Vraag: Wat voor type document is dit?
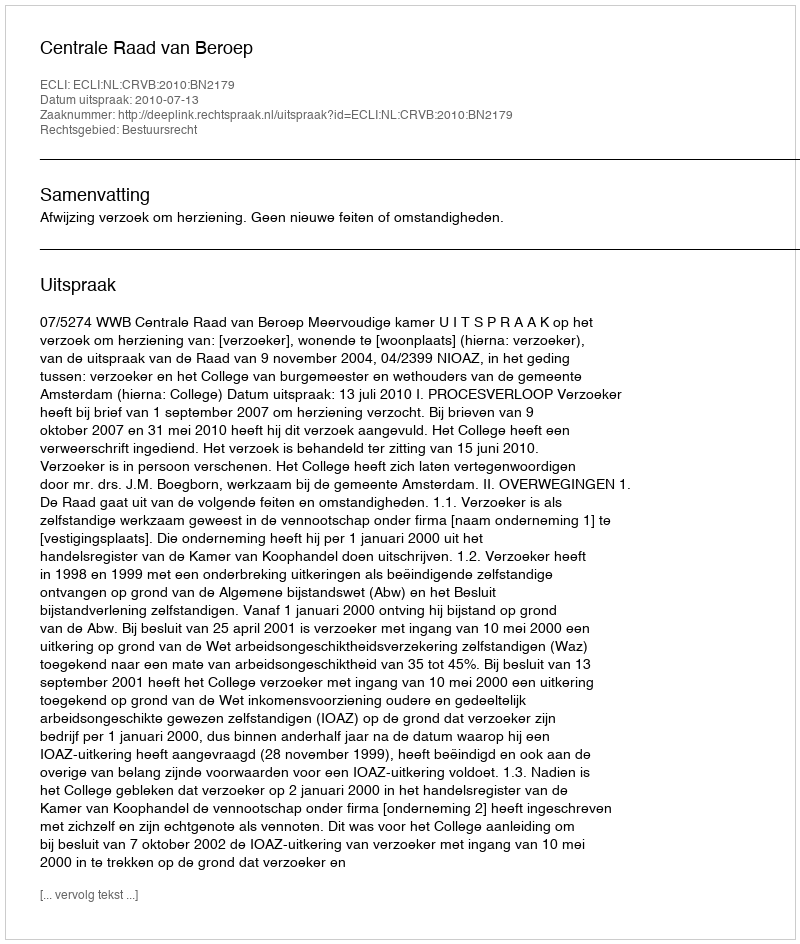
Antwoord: Uitspraak